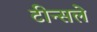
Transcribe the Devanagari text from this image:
टीन्सले